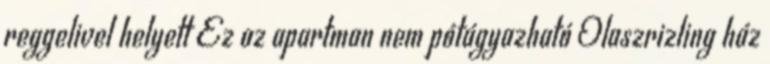
reggelivel helyett Ez az apartman nem pótágyazható Olaszrizling ház